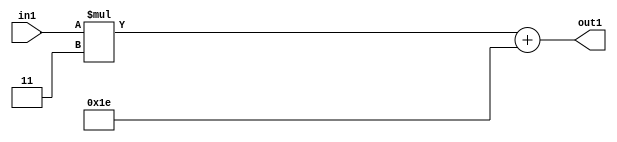
`timescale 1ps / 1ps
/*****************************************************************************
    Verilog RTL Description
    
    
    Created by: Stratus DpOpt 21.05.01 
*******************************************************************************/

module SobelFilter_Add2i30Mul2i3s6_1 (
	in1,
	out1
	); /* architecture "behavioural" */ 
input [5:0] in1;
output [5:0] out1;
wire [5:0] asc001,
	asc003;

assign asc003 = 
	+(in1 * 6'B000011);

assign asc001 = 
	+(asc003)
	+(6'B011110);

assign out1 = asc001;
endmodule

/* CADENCE  ubT2Tw4= : u9/ySxbfrwZIxEzHVQQV8Q== ** DO NOT EDIT THIS LINE ******/